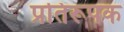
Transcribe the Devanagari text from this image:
प्रतिरूपक